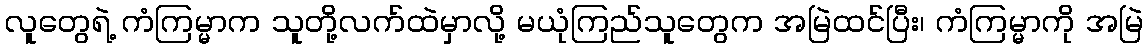
လူတွေရဲ့ ကံကြမ္မာက သူတို့လက်ထဲမှာလို့ မယုံကြည်သူတွေက အမြဲထင်ပြီး၊ ကံကြမ္မာကို အမြဲ